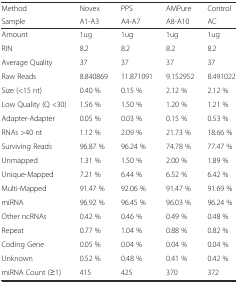
| Method | Novex | PPS | AMPure | Control |
 | Sample | A1-A3 | A4-A7 | A8-A10 | AC |
 | --- | --- | --- | --- | --- |
 | Amount | 1ug | 1ug | 1ug | 1ug |
 | RIN | 8.2 | 8.2 | 8.2 | 8.2 |
 | Average Quality | 37 | 37 | 37 | 37 |
 | Raw Reads | 8.840869 | 11.871091 | 9.152952 | 8.491022 |
 | Size (<15 nt) | 0.40 % | 0.15 % | 2.12 % | 2.12 % |
 | Low Quality (Q <30) | 1.56 % | 1.50 % | 1.20 % | 1.21 % |
 | Adapter-Adapter | 0.05 % | 0.03 % | 0.15 % | 0.53 % |
 | RNAs >40 nt | 1.12 % | 2.09 % | 21.73 % | 18.66 % |
 | Surviving Reads | 96.87 % | 96.24 % | 74.78 % | 77.47 % |
 | Unmapped | 1.31 % | 1.50 % | 2.00 % | 1.89 % |
 | Unique-Mapped | 7.21 % | 6.44 % | 6.52 % | 6.42 % |
 | Multi-Mapped | 91.47 % | 92.06 % | 91.47 % | 91.69 % |
 | miRNA | 96.92 % | 96.45 % | 96.03 % | 96.24 % |
 | Other ncRNAs | 0.42 % | 0.46 % | 0.49 % | 0.48 % |
 | Repeat | 0.77 % | 1.04 % | 0.88 % | 0.82 % |
 | Coding Gene | 0.05 % | 0.04 % | 0.04 % | 0.04 % |
 | Unknown | 0.52 % | 0.48 % | 0.41 % | 0.42 % |
 | miRNA Count (≥1) | 415 | 425 | 370 | 372 |